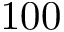
1 0 0